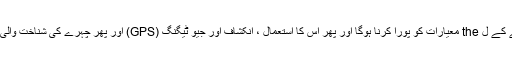
جب کوئی ریکارڈنگ لی جاسکتی ہے ، تو اعداد و شمار کو محفوظ کرنے کے ل the معیارات کو پورا کرنا ہوگا اور پھر اس کا استعمال ، انکشاف اور جیو ٹیگنگ (GPS) اور پھر چہرے کی شناخت والی ٹیکنالوجی کے ساتھ اس کے مستقبل کی ہم آہنگی کو بھی یقینی بنانا ہوگا۔